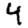
Digit: 4